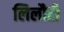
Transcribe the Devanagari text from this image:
लिलौटी